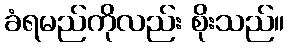
ခံရမည်ကိုလည်း စိုးသည်။